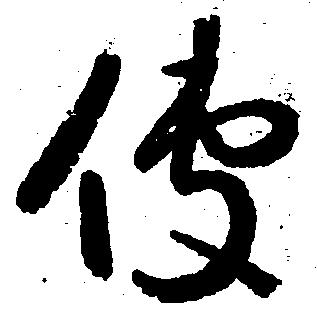
役